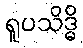
ရူပသိဒ္ဓိ